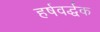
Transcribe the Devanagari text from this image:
हर्षवर्द्धक